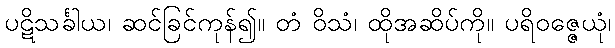
ပဋိသင်္ခါယ၊ ဆင်ခြင်ကုန်၍။ တံ ဝိသံ၊ ထိုအဆိပ်ကို။ ပရိဝဇ္ဇေယုံ၊